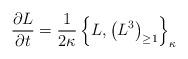
LaTeX: \begin{align*}{\partial L\over \partial t} = {1\over 2\kappa} \left\{L,\left(L^{3}\right)_{\geq 1}\right\}_{\kappa}\end{align*}